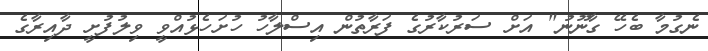
ނެގުމާ ބެހޭ ގާނޫނު" އަށް ސަރުކާރުގެ ފަރާތުން އިސްލާހު ހުށަހެޅުއްވީ ވިލުފުށީ ދާއިރާގެ